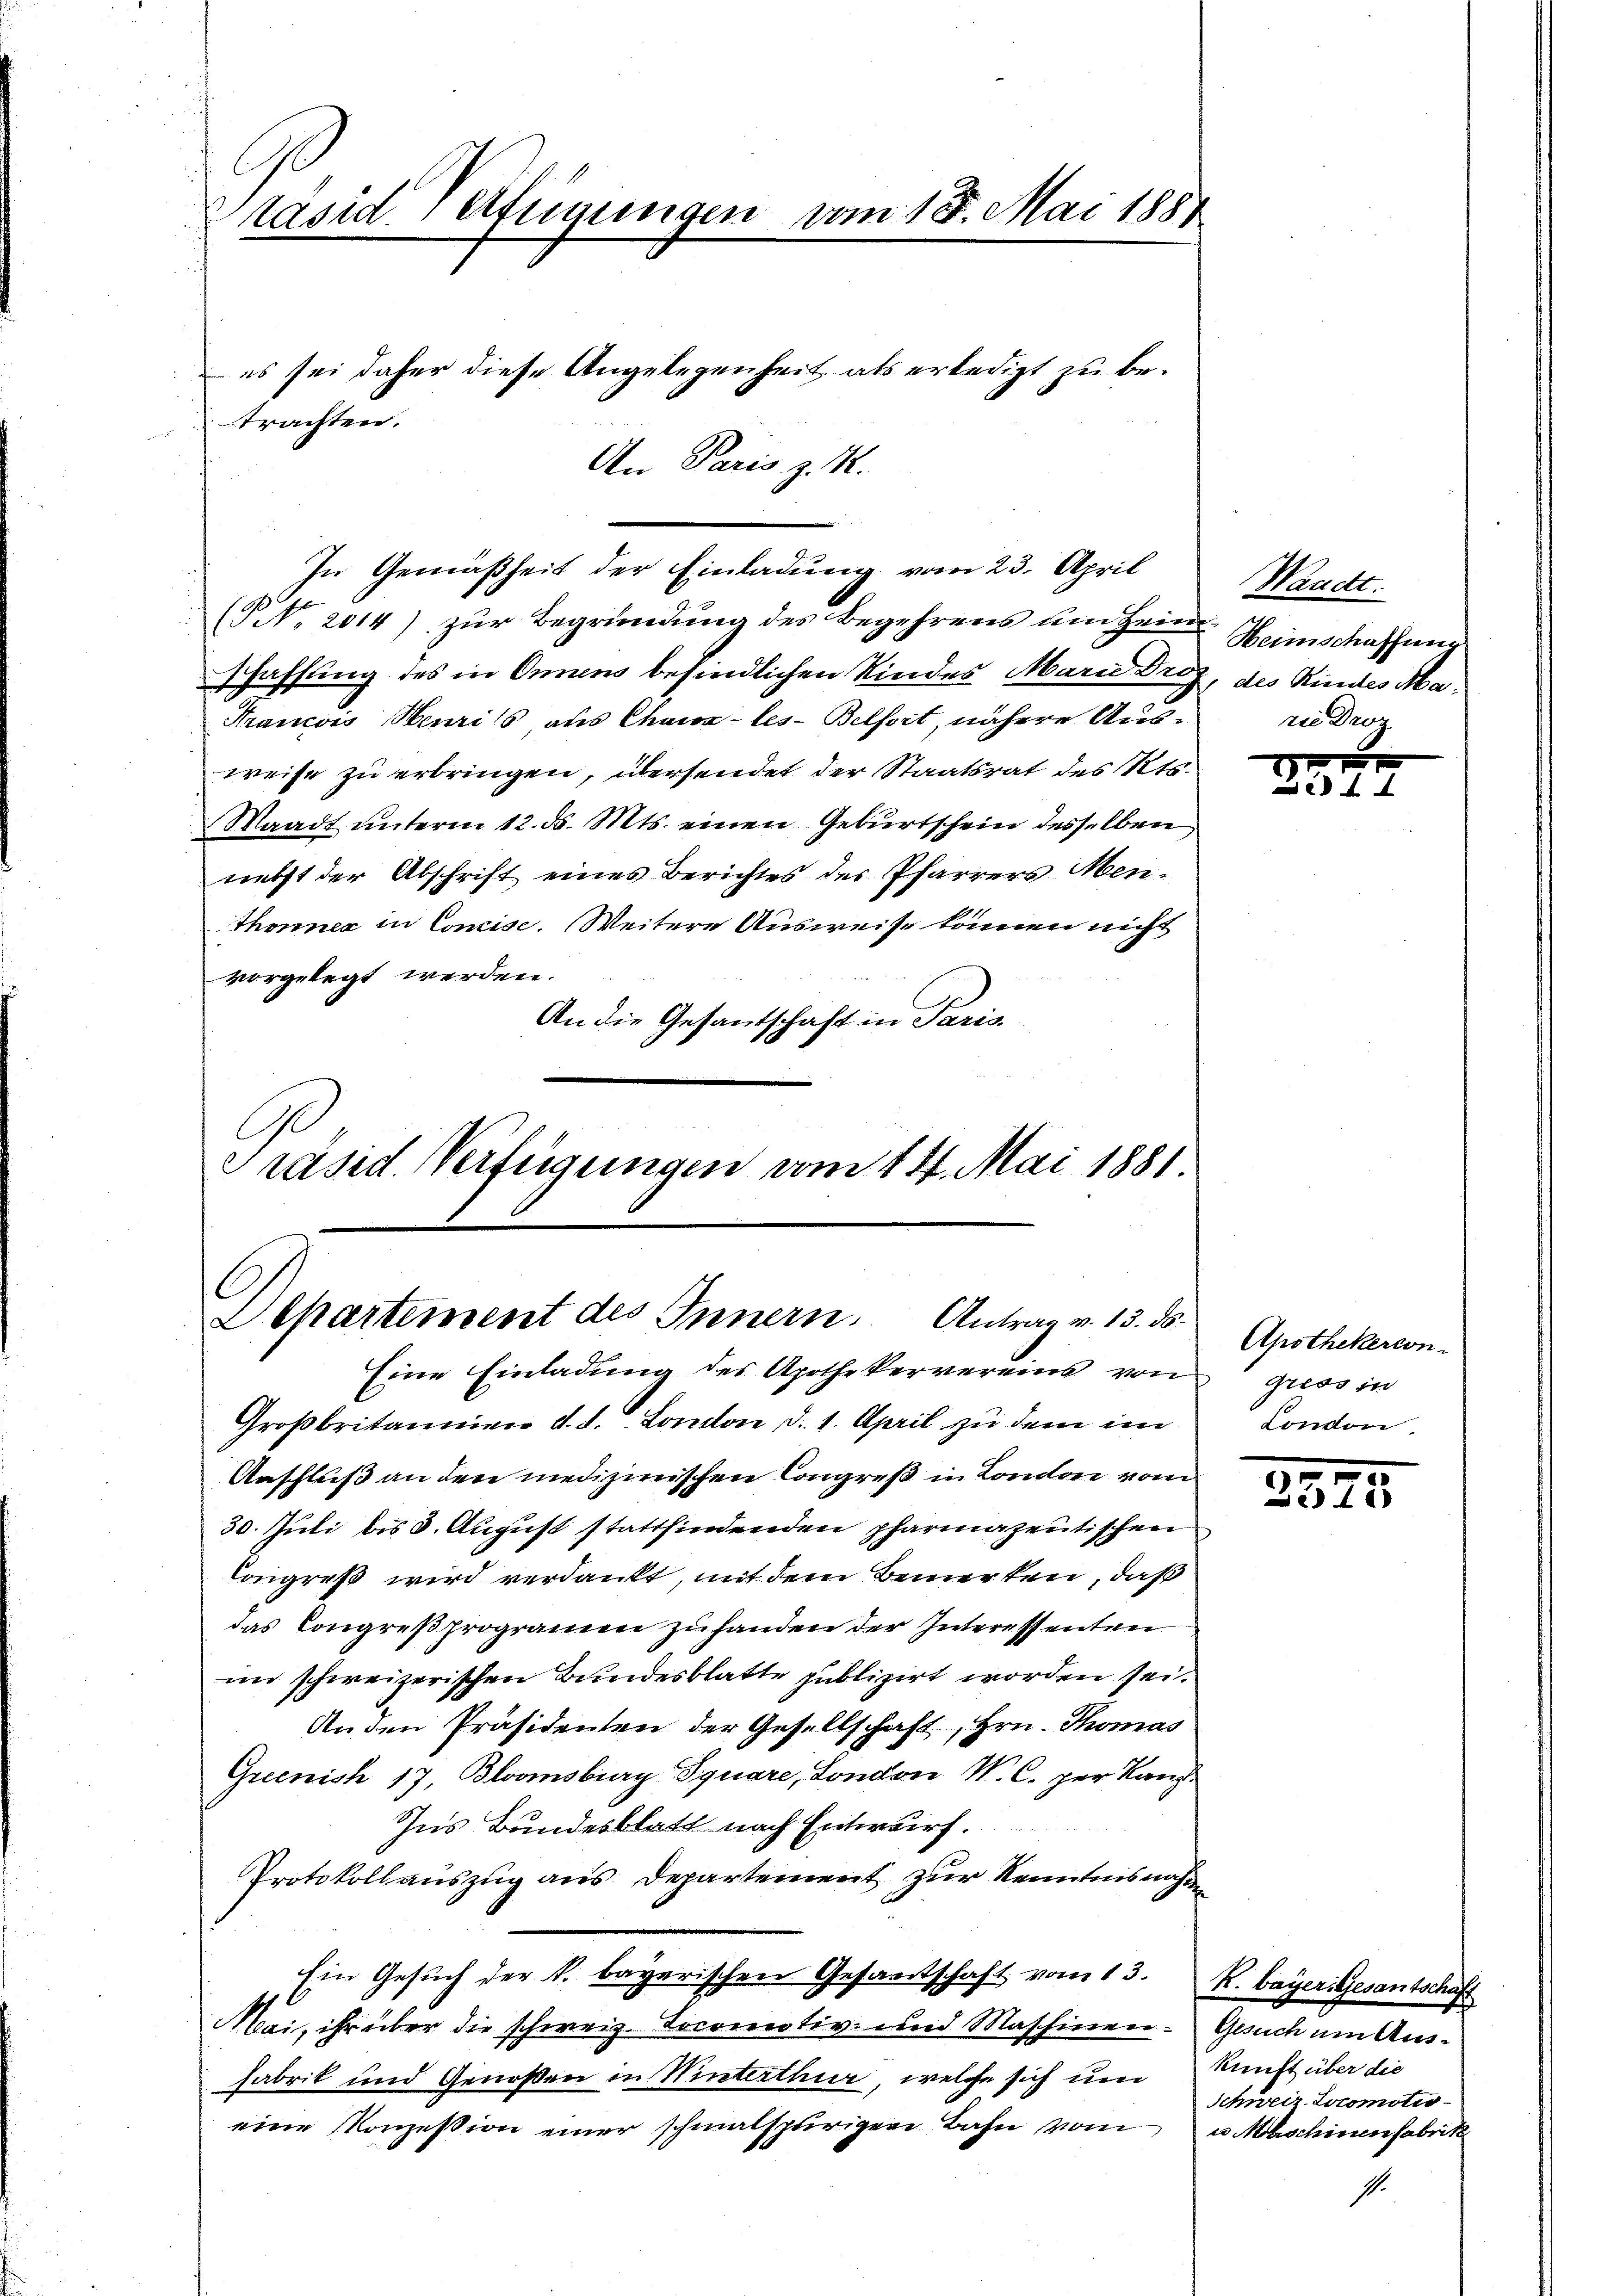
Präsid. erfügungen vom 18. Mai 1884

trachten.

An Paris z. K.

es sei daher diese Angelegenheit als erledigt zu be¬

In Gemäßheit der Einladung vom 23. April
(NNo. 2014) zur Begründung des Begehrens am Heim
schaffung des in Onnens befindlichen Kindes Marie Dro¬
Francois Meurils, aus Chaux-les-Belfort, nähere Ausweise zu erbringen, übersendet der Staatsrat des Kts.
Waadt unterm 12. d. Mts. einen Geburtschein desselben
nebst der Abschrift eines Berichtes des Pfarrers Men¬
Thonner in Concise. Weitere Ausweise können nicht
vorgelegt werden.
An die Gesandschaft in Paris

Departiment des Innern. Antrag v. 13. ds.
Eine Einladung des Apothekervereins von

Präsid. Verfügungen vom 14. Mai 1881

Waadt.
Heimschaffung
des Rindes Marie Droz.

Großbritannien d. d. London, d. 1. April zu dem im
Anschluß an den medizinischen Congreß in London vom
30. Juli bis 3. August stattfindenden pharmazentischen
Congreß wird verdankt, mit dem Bemerken, daß
das Congreßprogramm zu handen der Interessenten
im schweizerischen Bundesblatte publizirt worden sei.
An den Präsidenten der Gesellschaft, Hrn. Thomas
Grecnish 17, Blvomsburg Square, London M. C. per Kanz¬
Ins Bundesblatt nach Entwurf.
Protokollauszug aus Departement zur Kenntnisnahmen
Ein Gesuch der k. bayerischen Gesandtschaft vom 13. k. bayer Gesantschaft
Mai, ihr über die schweiz. Locomotiv- und Maschinen Gesuch um Aus¬
Fabrik und Genoßen in Winterthur, welche sich um Kunst über die
eine Vorzession einer schmalspurigen Bahn vom u Maschinenfabrik

25.

Apothekercon
gress in
London.

e
3
i

Schweiz. Lokomotio